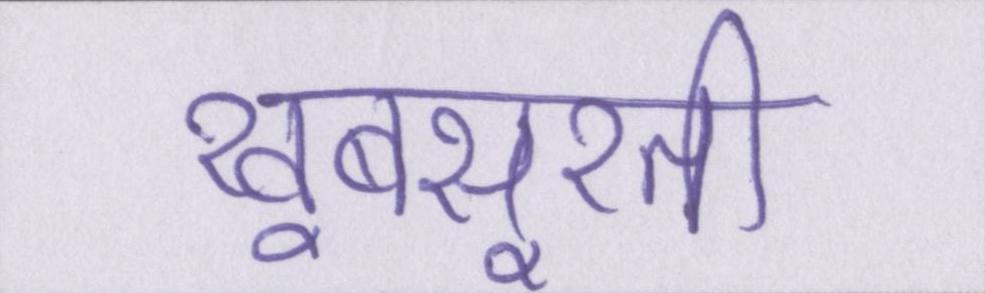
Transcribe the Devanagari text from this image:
खूबसूरती